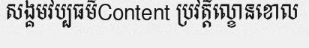
សង្គមវប្បធម៌Content ប្រវត្តិល្ខោនខោល